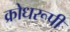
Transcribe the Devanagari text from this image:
क्रोधरूपी